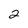
Character: 2